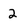
Character: 2